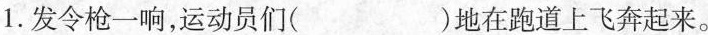
1.发令枪一响，运动员们( )地在跑道上飞奔起来。